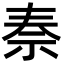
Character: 𥘿